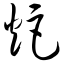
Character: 炬